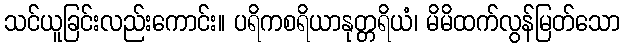
သင်ယူခြင်းလည်းကောင်း။ ပရိကစရိယာနုတ္တရိယံ၊ မိမိထက်လွန်မြတ်သော